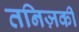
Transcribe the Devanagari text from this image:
तनिज़की